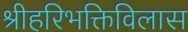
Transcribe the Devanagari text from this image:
श्रीहरिभक्तिविलास